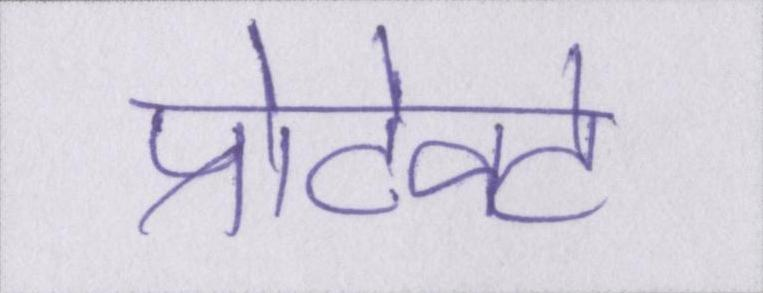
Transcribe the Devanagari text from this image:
प्रोटेक्ट